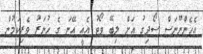
އެހެންނޫނަސް ސޯދިގު އަށް ލިބޭ ވޯޓު އެއީ އޭނަ ގެ ހުނަރު ވެރިކަމުން